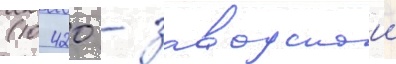
(10 420 - заводскои